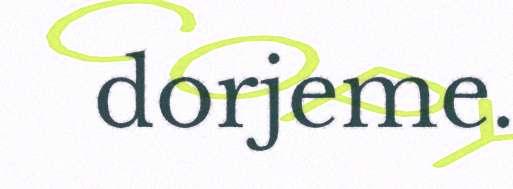
dorjeme.